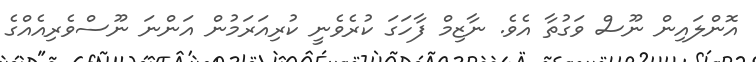
އޮންލައިން ނޫސް ވަގުތާ އެވެ. ނާޒިމް ފާހަގަ ކުރެވެނީ ކުރިއަރަމުން އަންނަ ނޫސްވެރިއެއްގެ